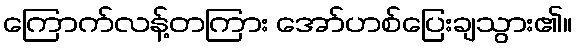
ကြောက်လန့်တကြား အော်ဟစ်ပြေးချသွား၏။